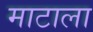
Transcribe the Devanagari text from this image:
माटाला